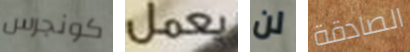
كونجرس يعمل لن الصادقة